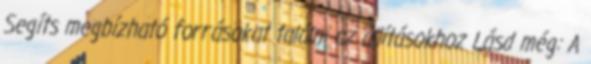
Segíts megbízható forrásokat találni az állításokhoz Lásd még: A